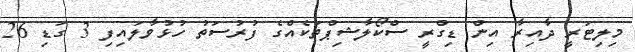
މިލިޓަރީ ދާއިރާ އިން ޑިގްރީ ސްކޯލާޝިޕްތަކެއްގެ ފުރުސަތު ހުޅުވާލައިފި 3 ގަޑި 26